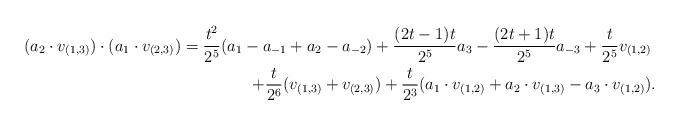
LaTeX: \begin{align*}(a_2 \cdot v_{(1,3)}) \cdot (a_1 \cdot v_{(2,3)}) = \frac{t^2}{2^5}(a_1 - a_{-1} + a_2 - a_{-2}) + \frac{(2t - 1)t}{2^5}a_3 - \frac{(2t + 1)t}{2^5}a_{-3} + \frac{t}{2^5}v_{(1,2)} &\\+ \frac{t}{2^6}(v_{(1,3)} + v_{(2,3)}) + \frac{t}{2^3}(a_1 \cdot v_{(1,2)} + a_2 \cdot v_{(1,3)} - a_3 \cdot v_{(1,2)})&.\end{align*}